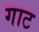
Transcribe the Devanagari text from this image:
गाट